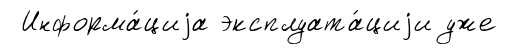
Информа́циjа эксплуата́циjи уже